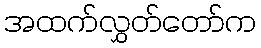
အထက်လွှတ်တော်က